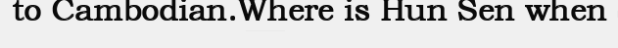
to Cambodian.Where is Hun Sen when